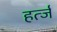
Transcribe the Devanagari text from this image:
हर्त्ज